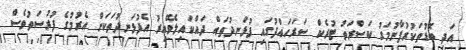
އަދި ބޮޑުތަކުރުފާނުމަގު ކަސްރަތު ޓުރެކް ސަރަހައްދުގައި ފުޅަނދުތައް ދައްކައިލެވޭއިރު އެފުޅަނދުތަކަށް އެރުމުގެ ފުރުސަތުވެސް